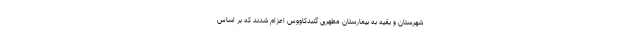
شهرستان و بقیه به بیمارستان مطهری گنبدکاووس اعزام شدند که بر اساس